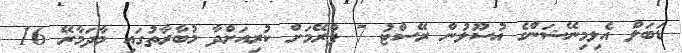
ޑަބަލް އެލިމިނޭޝަންގެ އުސޫލުން ރޭސްޓު 7 ފްރޭމަށް ކުރިއަށްދާ މުބާރާތުގައި މާދަމާރޭ 16